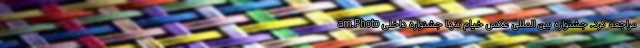
am.Photo مراجعه کرد. جشنواره بین المللی عکس خیام تنها جشنواره داخلی